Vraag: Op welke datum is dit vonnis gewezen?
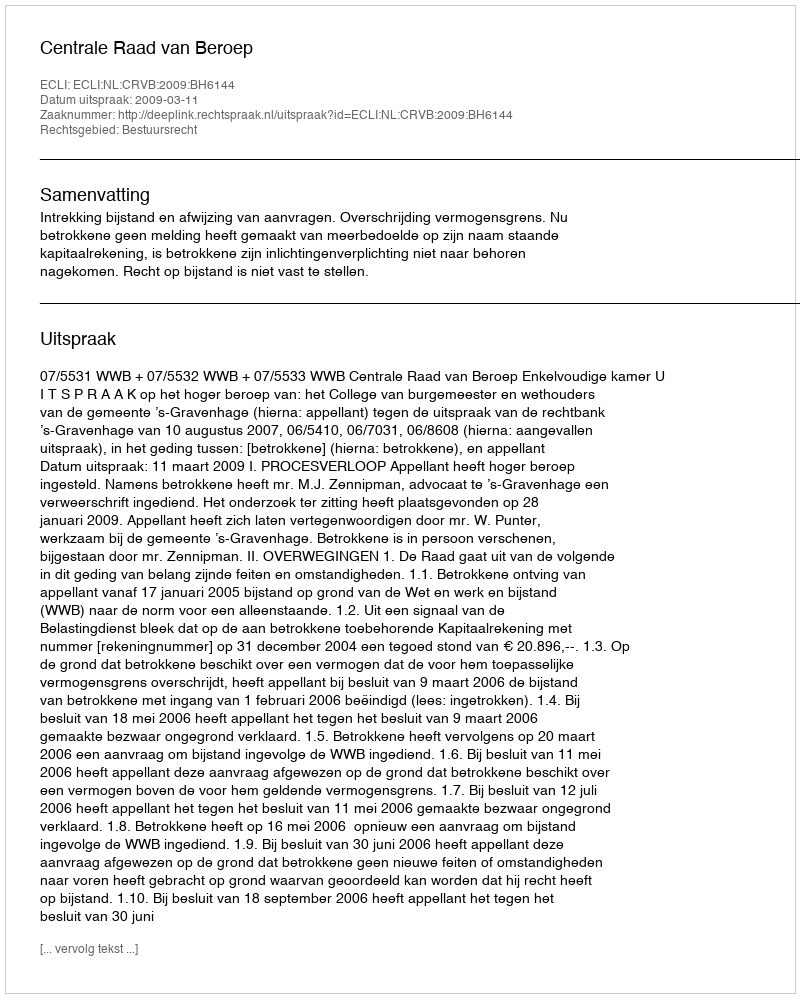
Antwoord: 2009-03-11